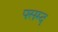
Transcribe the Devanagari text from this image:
पसम्द